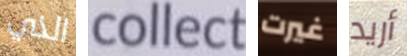
الذي collect غيرت أريد